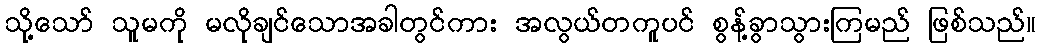
သို့သော် သူမကို မလိုချင်သောအခါတွင်ကား အလွယ်တကူပင် စွန့်ခွာသွားကြမည် ဖြစ်သည်။